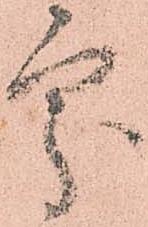
處